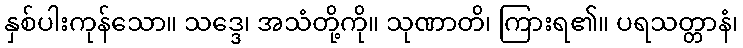
နှစ်ပါးကုန်သော။ သဒ္ဒေ၊ အသံတို့ကို။ သုဏာတိ၊ ကြားရ၏။ ပရသတ္တာနံ၊